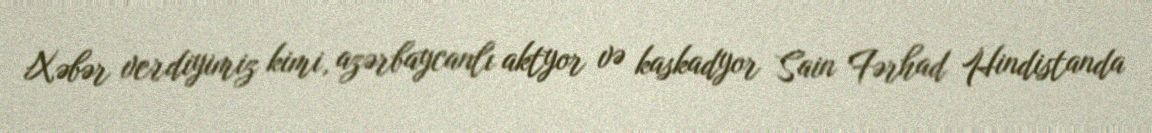
Xəbər verdiyimiz kimi, azərbaycanlı aktyor və kaskadyor Sain Fərhad Hindistanda